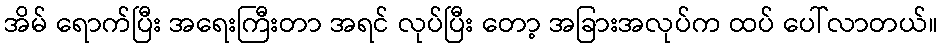
အိမ် ရောက်ပြီး အရေးကြီးတာ အရင် လုပ်ပြီး တော့ အခြားအလုပ်က ထပ် ပေါ်လာတယ်။